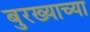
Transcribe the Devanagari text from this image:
बुरख्याच्या